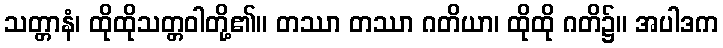
သတ္တာနံ၊ ထိုထိုသတ္တဝါတို့၏။ တဿာ တဿာ ဂတိယာ၊ ထိုထို ဂတိ၌။ အပါဒက